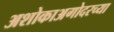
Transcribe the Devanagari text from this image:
अशोकाअगोदरच्या